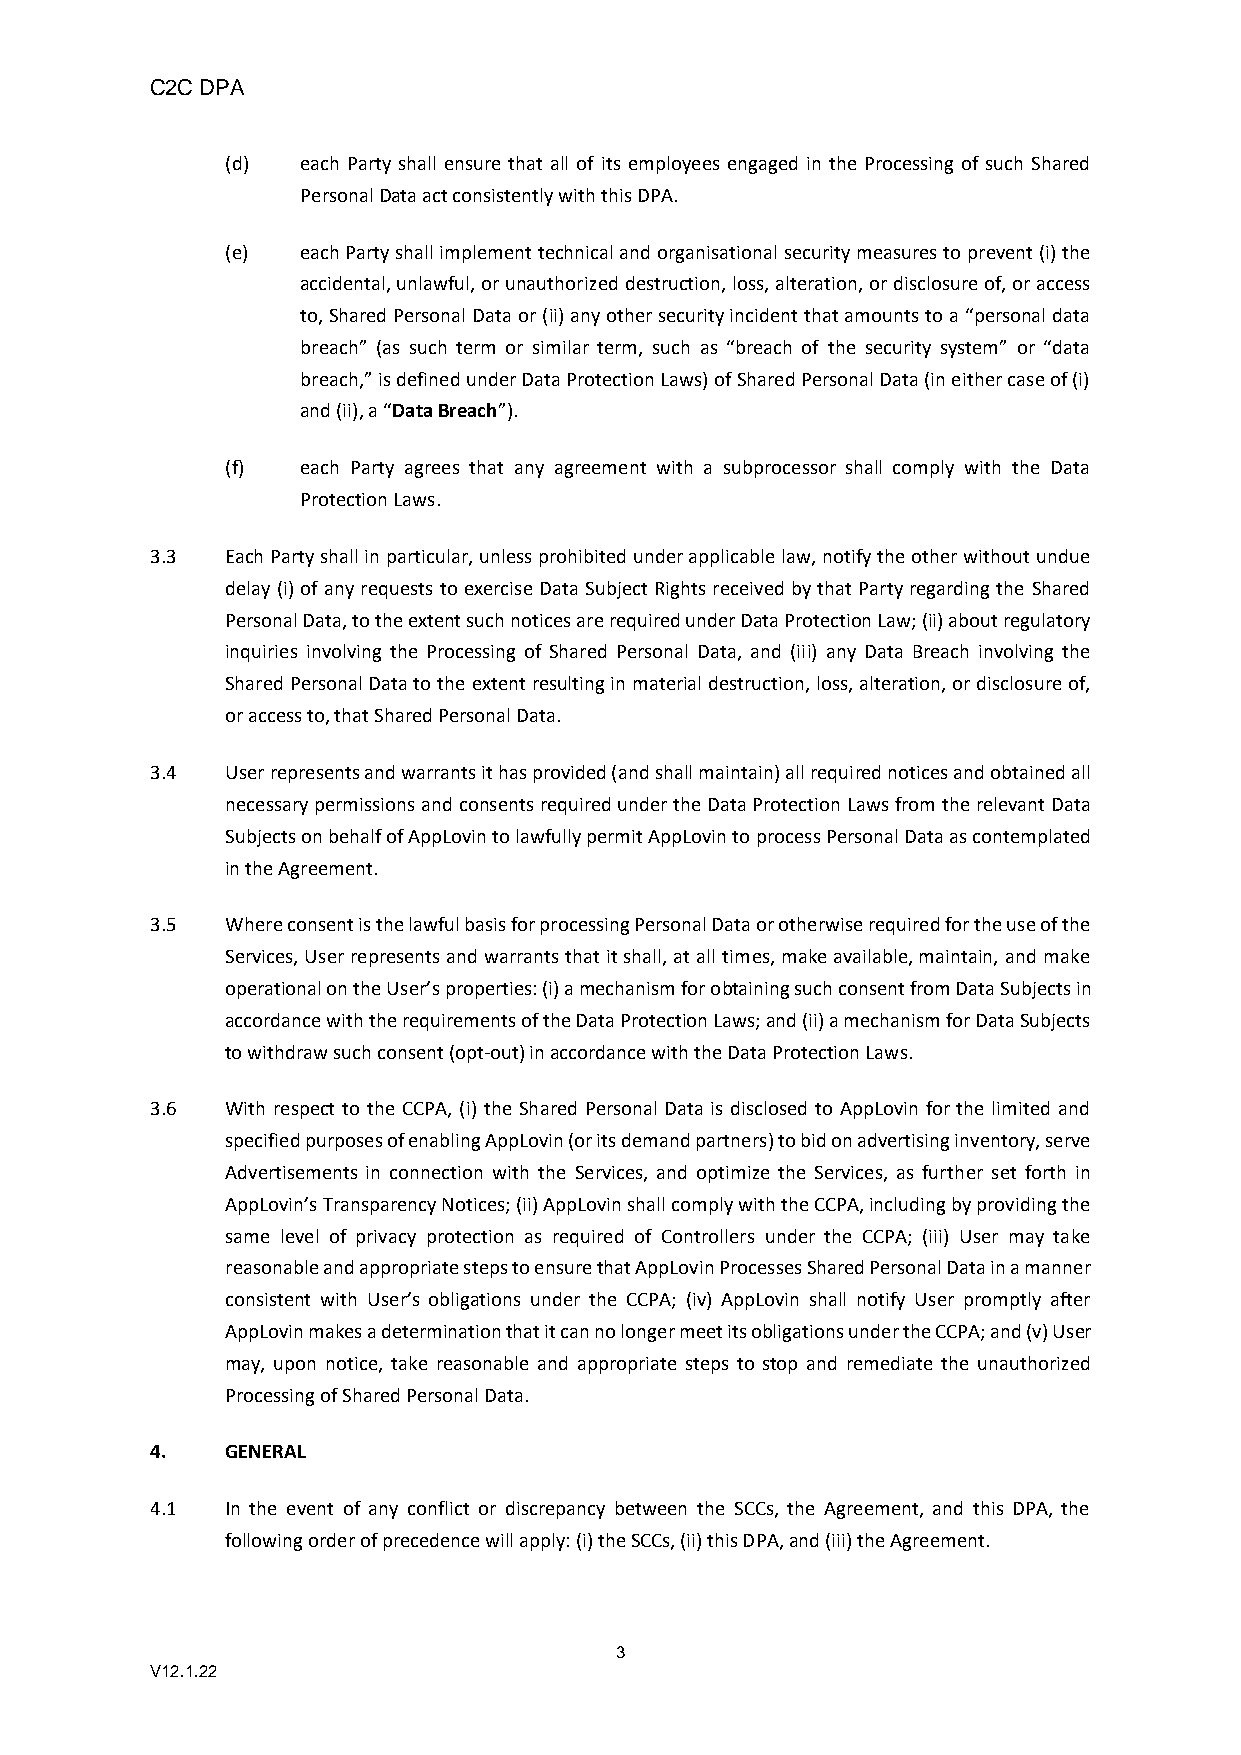
C2C DPA
 (d)  each Party shall ensure that all of its employees engaged in the Processing of such Shared
 Personal Data act consistently with this DPA.
 (e)  each Party shall implement technical and organisational security measures to prevent (i) the
 accidental, unlawful, or unauthorized destruction, loss, alteration, or disclosure of, or access
 to, Shared Personal Data or (ii) any other security incident that amounts to a “personal data
 breach” (as such term or similar term, such as “breach of the security system” or “data
 breach,” is defined under Data Protection Laws) of Shared Personal Data (in either case of (i)
 and (ii), a “Data Breach”).
 (f)  each Party agrees that any agreement with a subprocessor shall comply with the Data
 Protection Laws.
 3.3  Each Party shall in particular, unless prohibited under applicable law, notify the other without undue
 delay (i) of any requests to exercise Data Subject Rights received by that Party regarding the Shared
 Personal Data, to the extent such notices are required under Data Protection Law; (ii) about regulatory
 inquiries involving the Processing of Shared Personal Data, and (iii) any Data Breach involving the
 Shared Personal Data to the extent resulting in material destruction, loss, alteration, or disclosure of,
 or access to, that Shared Personal Data.
 3.4  User represents and warrants it has provided (and shall maintain) all required notices and obtained all
 necessary permissions and consents required under the Data Protection Laws from the relevant Data
 Subjects on behalf of AppLovin to lawfully permit AppLovin to process Personal Data as contemplated
 in the Agreement.
 3.5  Where consent is the lawful basis for processing Personal Data or otherwise required for the use of the
 Services, User represents and warrants that it shall, at all times, make available, maintain, and make
 operational on the User’s properties: (i) a mechanism for obtaining such consent from Data Subjects in
 accordance with the requirements of the Data Protection Laws; and (ii) a mechanism for Data Subjects
 to withdraw such consent (opt-out) in accordance with the Data Protection Laws.
 3.6  With respect to the CCPA, (i) the Shared Personal Data is disclosed to AppLovin for the limited and
 specified purposes of enabling AppLovin (or its demand partners) to bid on advertising inventory, serve
 Advertisements in connection with the Services, and optimize the Services, as further set forth in
 AppLovin’s Transparency Notices; (ii) AppLovin shall comply with the CCPA, including by providing the
 same level of privacy protection as required of Controllers under the CCPA; (iii) User may take
 reasonable and appropriate steps to ensure that AppLovin Processes Shared Personal Data in a manner
 consistent with User’s obligations under the CCPA; (iv) AppLovin shall notify User promptly after
 AppLovin makes a determination that it can no longer meet its obligations under the CCPA; and (v) User
 may, upon notice, take reasonable and appropriate steps to stop and remediate the unauthorized
 Processing of Shared Personal Data.
 4.   GENERAL
 4.1  In the event of any conflict or discrepancy between the SCCs, the Agreement, and this DPA, the
 following order of precedence will apply: (i) the SCCs, (ii) this DPA, and (iii) the Agreement.
 3
 V12.1.22